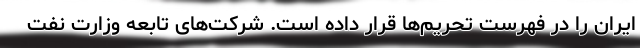
ایران را در فهرست تحریم‌ها قرار داده است. شرکت‌های تابعه وزارت نفت